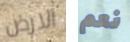
الارض نعم